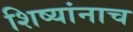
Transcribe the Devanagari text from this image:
शिष्यांनाच